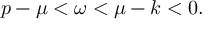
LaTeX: p - \mu < \omega < \mu - k < 0 .